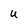
Character: U